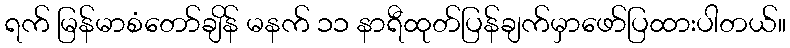
ရက် မြန်မာစံတော်ချိန် မနက် ၁၁ နာရီထုတ်ပြန်ချက်မှာဖော်ပြထားပါတယ်။